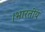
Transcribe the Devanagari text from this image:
।भारतीय